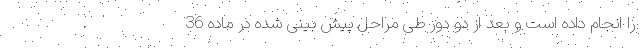
را انجام داده است و بعد از دو دور طی مراحل پیش بینی شده در ماده 36